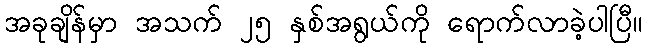
အခုချိန်မှာ အသက် ၂၅ နှစ်အရွယ်ကို ရောက်လာခဲ့ပါပြီ။